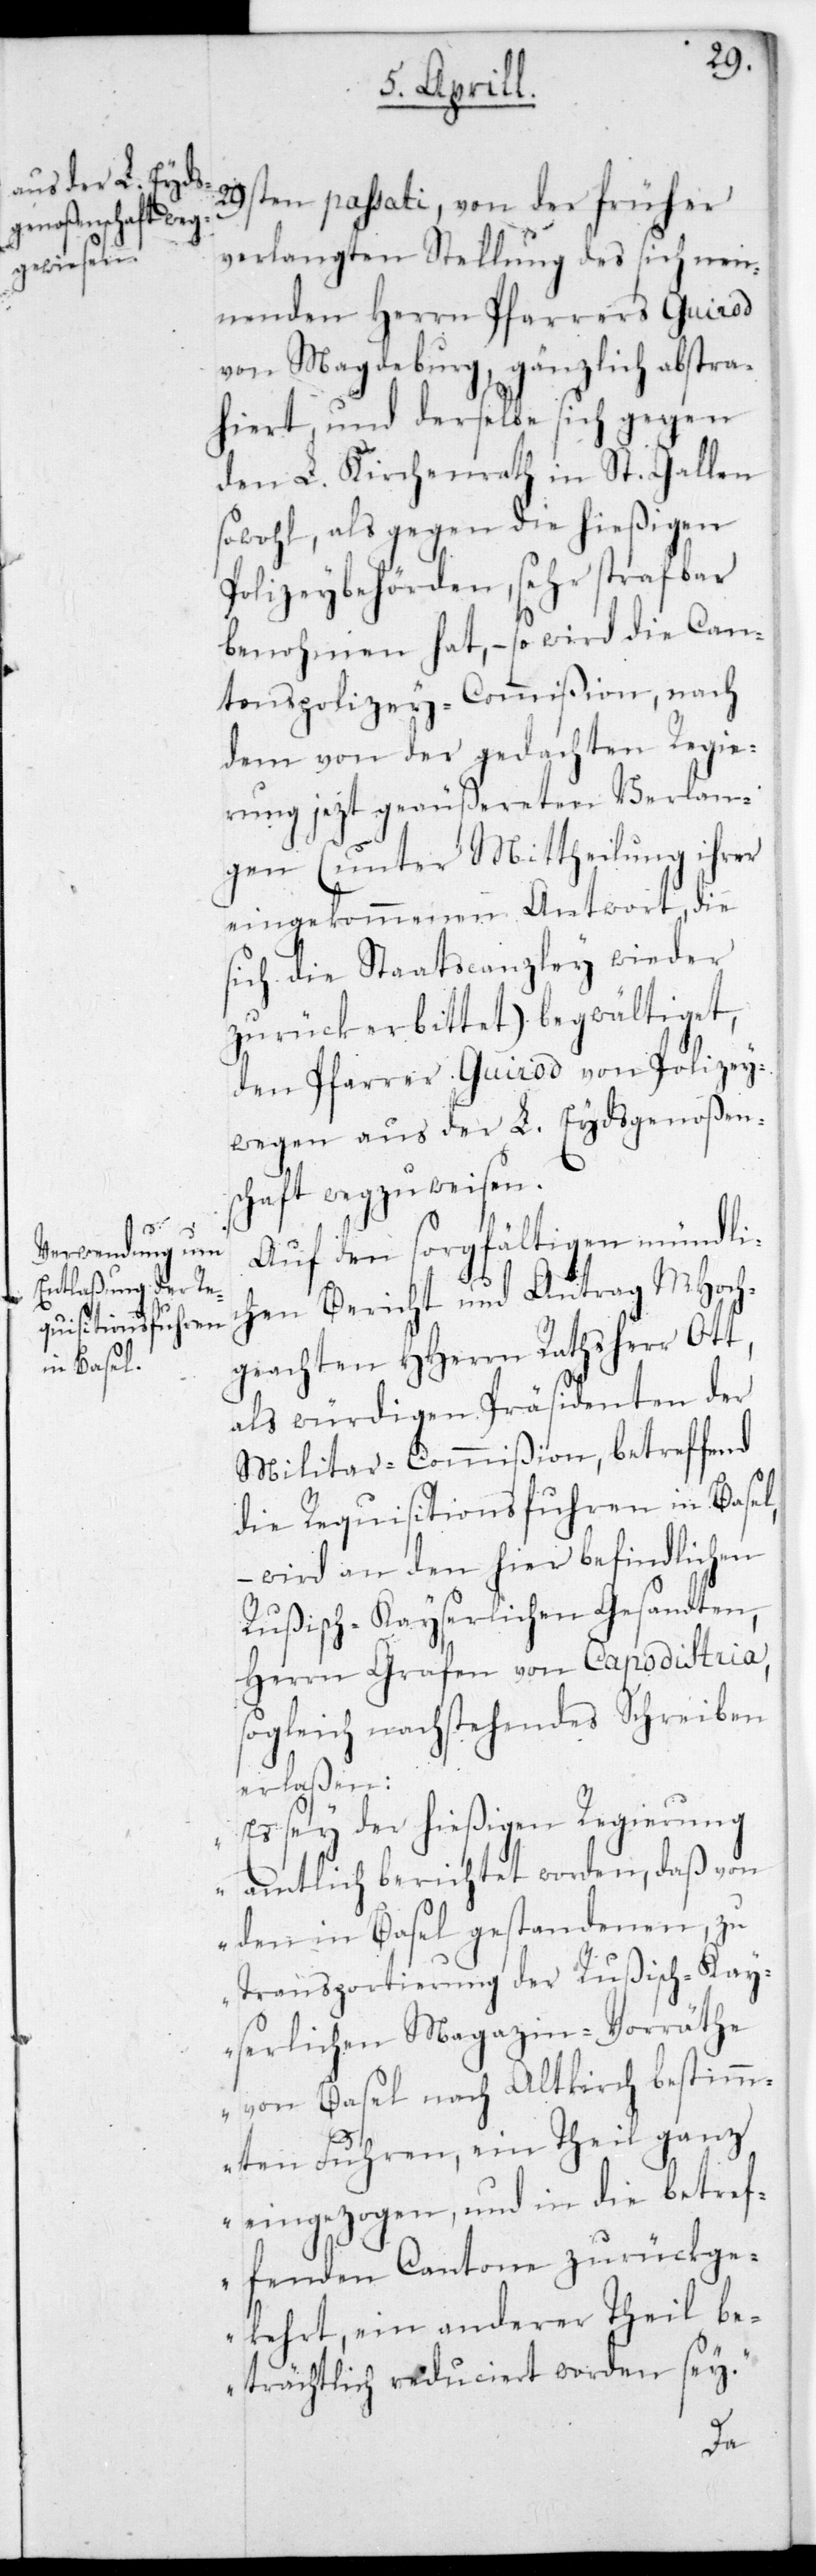
29sten passati, von der früher
verlangten Stellung des sich nen¬
nenden Herrn Pfarrers Guirod
von Magdeburg, gänzlich abstra¬
hiert, und derselbe sich gegen
den L. Kirchenrath in St. Gallen
sowohl als gegen die hießigen
Polizeybehörden, sehr strafbar
benohmen hat, – so wird die Can¬
tonspolizey-Commißion, nach
dem von der gedachten Regie¬
rung jetzt geäußereten Verlan¬
gen (unter Mittheilung ihrer
eingekommenen Antwort, die
sich die Staatscanzley wieder
zurückerbittet) begwältiget,
den Pfarrer Guirod von Polizey¬
wegen aus der L. Eydsgenoßen¬
schaft wegzuweisen.
Auf den sorgfältigen mündli¬
chen Bericht und Antrag MHoch¬
geachten HHerrn Rathsherr Ott,
als würdigen Präsidenten der
Militar-Commißion, betreffend
die Requisitonsfuhren in Basel,
– wird an den hier befindlichen
Rußisch-Kayserlichen Gesandten,
Herrn Grafen von Capodistria,
sogleich nachstehendes Schreiben
erlaßen:
„Es sey der hießigen Regierung
amtlich berichtet worden, daß von
den in Basel gestandenen, zu
Transportierung der Rußisch-Kay¬
serlichen Magazin-Vorräthe
von Basel nach Altkirch bestim¬
mten Fuhren, ein Theil ganz
eingezogen, und in die betref¬
fenden Cantone zurückge¬
kehrt, ein anderer Theil be¬
trächtlich reduciert worden sey.